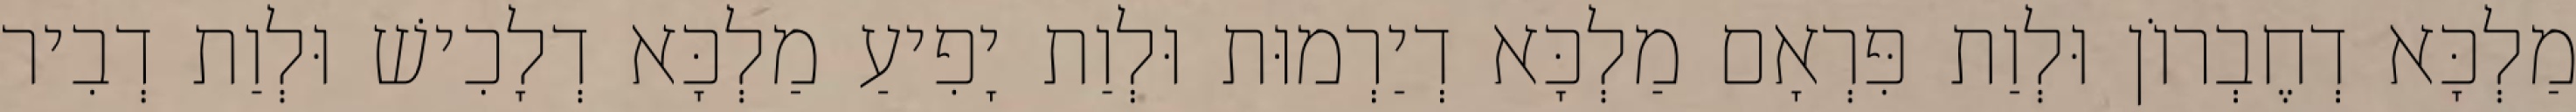
מַלְכָּא דְחֶבְרוֹן וּלְוַת פִּרְאָם מַלְכָּא דְיַרְמוּת וּלְוַת יָפִיעַ מַלְכָּא דְלָכִישׁ וּלְוַת דְבִיר